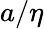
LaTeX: a/\eta